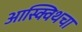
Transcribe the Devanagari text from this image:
आस्क्विथचा